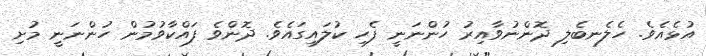
އުޅެއެވެ. ހެލެނބެލި ދޮންނުވާއިރު ހުންނަނީ ފެހި ކުލައިގައެވެ. ދޮންވެ ފައްކާވުމުން ހުންނަނީ މުށި